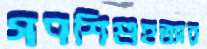
গণশিশুহত্যার